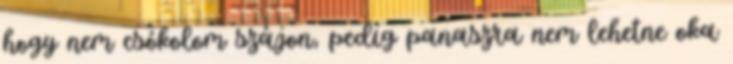
hogy nem csókolom szájon, pedig panaszra nem lehetne oka